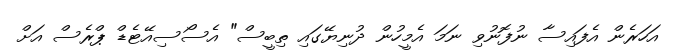
އަހަރެން އެފައިސާ ނުފޮނުވި ނަމަ އެމީހުން ދުނިޔޭގައި ތިބީސް" އެސޯސިއޭޓެޑް ޕްރެސް އަށް